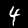
Label: 4